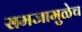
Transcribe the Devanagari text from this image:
समजामुळेच